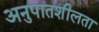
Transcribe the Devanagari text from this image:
अनुपातशीलता